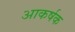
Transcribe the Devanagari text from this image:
अाकर्षक